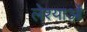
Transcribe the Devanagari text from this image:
लेश्याओं